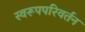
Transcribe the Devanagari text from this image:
स्वरूपपरिवर्तन